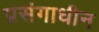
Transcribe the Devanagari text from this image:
प्रसंगाधीन